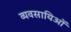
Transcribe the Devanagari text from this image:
व्यवसायिओं